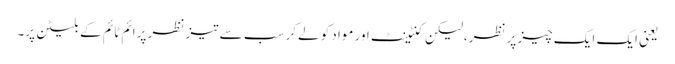
یعنی ایک ایک چیز پر نظر،لیکن کنٹینٹ اور مواد کو لےکر سب سے تیز نظر پرائم ٹائم کے بلیٹن پر۔